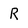
Character: R